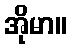
အိုမာ။